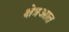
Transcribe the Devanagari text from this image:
क्षेत्रआत